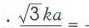
$.\sqrt{3}ka = .$